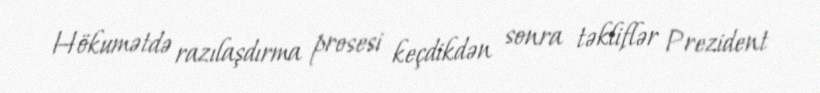
Hökumətdə razılaşdırma prosesi keçdikdən sonra təkliflər Prezident